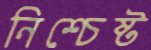
নিশ্চেষ্ট